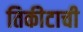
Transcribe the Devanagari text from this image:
तिकीटाची